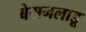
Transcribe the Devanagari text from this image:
बेसनलाडू